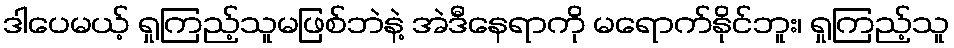
ဒါပေမယ့် ရှုကြည့်သူမဖြစ်ဘဲနဲ့ အဲဒီနေရာကို မရောက်နိုင်ဘူး၊ ရှုကြည့်သူ